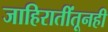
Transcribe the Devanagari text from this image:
जाहिरातींतूनही